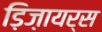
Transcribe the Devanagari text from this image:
ड़िज़ायर्स